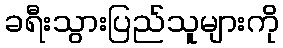
ခရီးသွားပြည်သူများကို